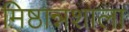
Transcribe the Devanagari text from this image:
मिष्ठान्नशाला